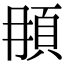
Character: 𩑞